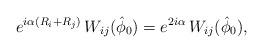
LaTeX: \begin{align*}e^{i \alpha \left( R_i +R_j\right)}\,W_{ij} (\hat \phi_0 ) = e^{2 i \alpha }\,W_{ij} (\hat \phi_0 ),\end{align*}